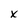
Character: x